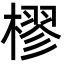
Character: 樛